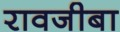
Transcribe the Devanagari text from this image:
रावजीबा